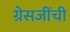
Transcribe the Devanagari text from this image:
ग्रेसजींची